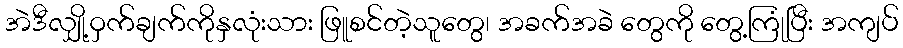
အဲဒီလျှို့ဝှက်ချက်ကိုနှလုံးသား ဖြူစင်တဲ့သူတွေ၊ အခက်အခဲ တွေကို တွေ့ကြုံပြီး အကျပ်